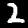
Label: 2